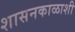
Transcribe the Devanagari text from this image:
शासनकाळाशी